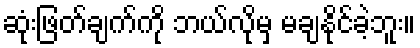
ဆုံးဖြတ်ချက်ကို ဘယ်လိုမှ မချနိုင်ခဲ့ဘူး။